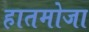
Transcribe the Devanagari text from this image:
हातमोजा